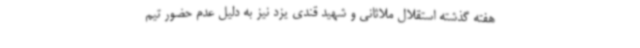
هفته گذشته استقلال ملاثانی و شهید قندی یزد نیز به دلیل عدم حضور تیم